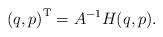
LaTeX: \begin{align*}\left(q,p\right)^{\mathrm{T}}=A^{\mathrm{-1}}H(q,p).\end{align*}